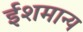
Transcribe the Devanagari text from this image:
ईशमान्य